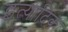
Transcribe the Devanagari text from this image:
इत्यादिक